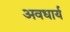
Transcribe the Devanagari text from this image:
अवधार्य